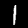
Label: 1